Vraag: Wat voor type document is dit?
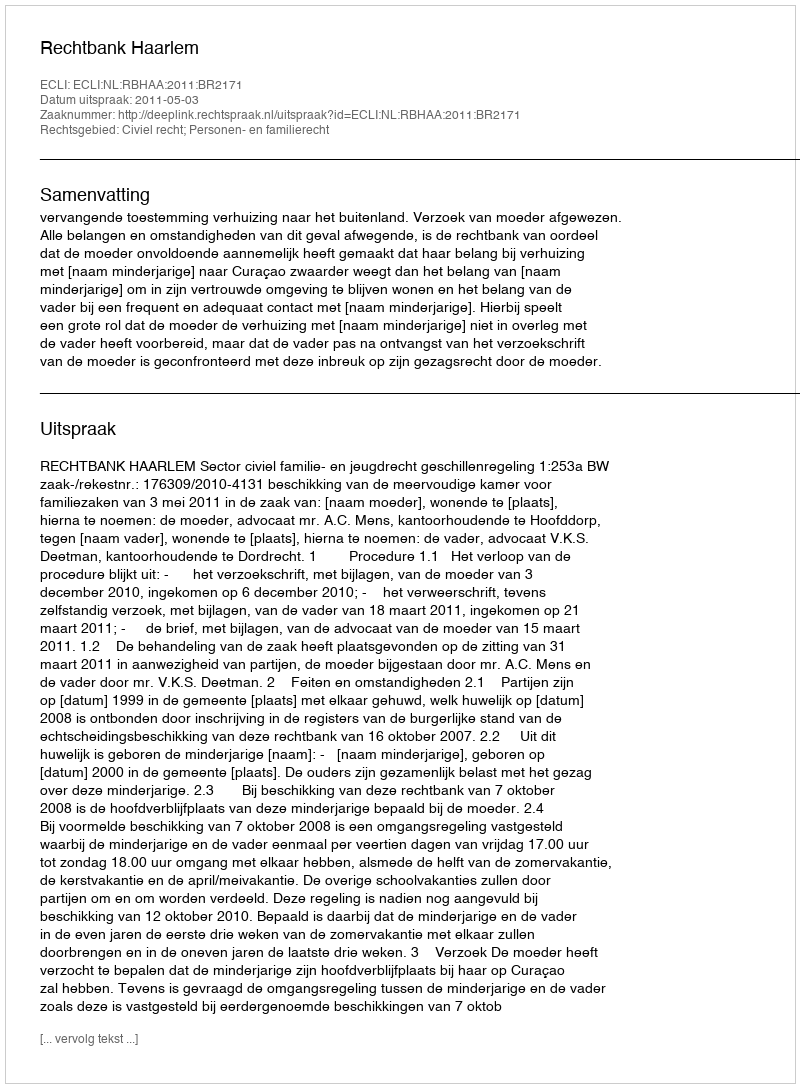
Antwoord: Uitspraak